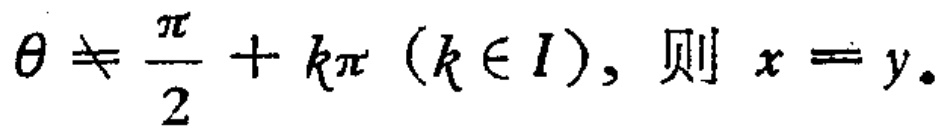
\(\theta \neq \frac{\pi}{2}+k\pi\ (k\in I)\), 则 \(x = y\).